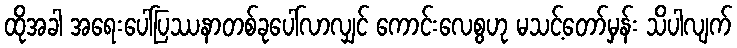
ထိုအခါ အရေးပေါ်ပြဿနာတစ်ခုပေါ်လာလျှင် ကောင်းလေစွဟု မသင့်တော်မှန်း သိပါလျက်